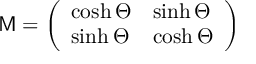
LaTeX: { \bf \sf M } = \left( \begin{array} { l l } { { \cosh \Theta } } & { { \sinh \Theta } } \\ { { \sinh \Theta } } & { { \cosh \Theta } } \end{array} \right)